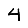
Digit: 4